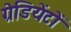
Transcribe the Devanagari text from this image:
ग्रेडियेंटों